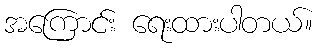
အကြောင်း ရေးထားပါတယ်။